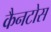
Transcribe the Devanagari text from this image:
कैनटोस